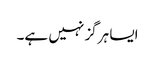
ایسا ہرگز نہیں ہے۔